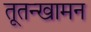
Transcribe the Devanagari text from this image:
तूतन्खामन